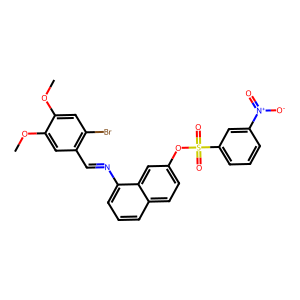
SMILES: COc1cc(Br)c(C=Nc2cccc3ccc(OS(=O)(=O)c4cccc([N+](=O)[O-])c4)cc23)cc1OC
Inhibits HIV replication: No